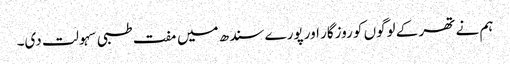
ہم نے تھر کے لوگوں کو روزگار اور پورے سندھ میں مفت طبی سہولت دی۔